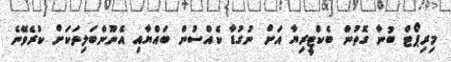
މިރިޕޯޓް ބުނާ ގޮތުން ބެކްޓީރިޔާ އަށް ނުގުޑާ ކެއްސުން ބައްޔާއި އެނޫންބަލިތަކަށް ކުރެވޭނެ